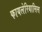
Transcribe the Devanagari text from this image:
फायलेरियासिस